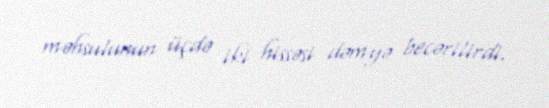
məhsulunun üçdə iki hissəsi dəmyə becərilirdi.